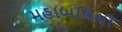
મહાબલિની